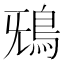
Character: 𩿑